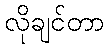
လိုချင်တာ